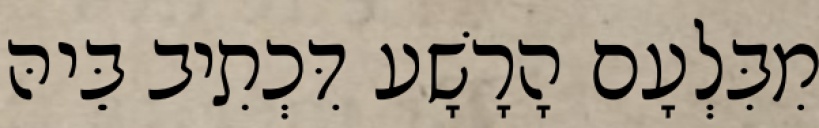
מִבִּלְעָם הָרָשָׁע דִּכְתִיב בֵּיהּ